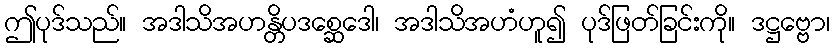
ဤပုဒ်သည်။ အဒါသိအဟန္တိပဒစ္ဆေဒေါ၊ အဒါသိအဟံဟူ၍ ပုဒ်ဖြတ်ခြင်းကို။ ဒဋ္ဌဗ္ဗော၊